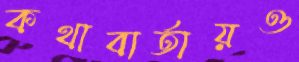
কথাবার্তায়ও